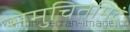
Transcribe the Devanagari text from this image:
समुचितमिदं